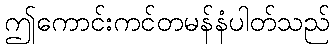
ဤကောင်းကင်တမန်နံပါတ်သည်